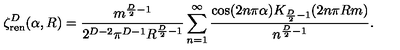
\zeta _ { \mathrm { r e n } } ^ { D } ( \alpha , R ) = \frac { m ^ { { \scriptstyle \frac { D } { 2 } } - 1 } } { 2 ^ { D - 2 } \pi ^ { D - 1 } R ^ { { \scriptstyle \frac { D } { 2 } } - 1 } } \sum _ { n = 1 } ^ { \infty } \frac { \cos ( 2 n \pi \alpha ) K _ { { \scriptstyle \frac { D } { 2 } } - 1 } ( 2 n \pi R m ) } { n ^ { { \scriptstyle \frac { D } { 2 } } - 1 } } .